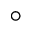
^ { \circ }